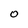
Character: O